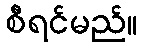
စီရင်မည်။